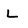
Character: L